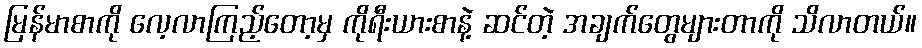
မြန်မာစာကို လေ့လာကြည့်တော့မှ ကိုရီးယားစာနဲ့ ဆင်တဲ့ အချက်တွေများတာကို သိလာတယ်။